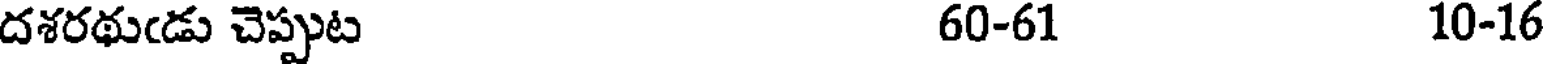
దశరథుఁడు చెప్పుట 60-61 10-16